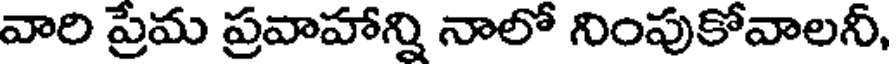
వారి ప్రేమ ప్రవాహాన్ని నాలో నింపుకోవాలనీ,